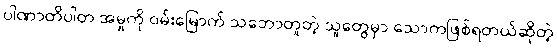
ပါဏာတိပါတ အမှုကို ဝမ်းမြောက် သဘောတူတဲ့ သူတွေမှာ သောကဖြစ်ရတယ်ဆိုတဲ့